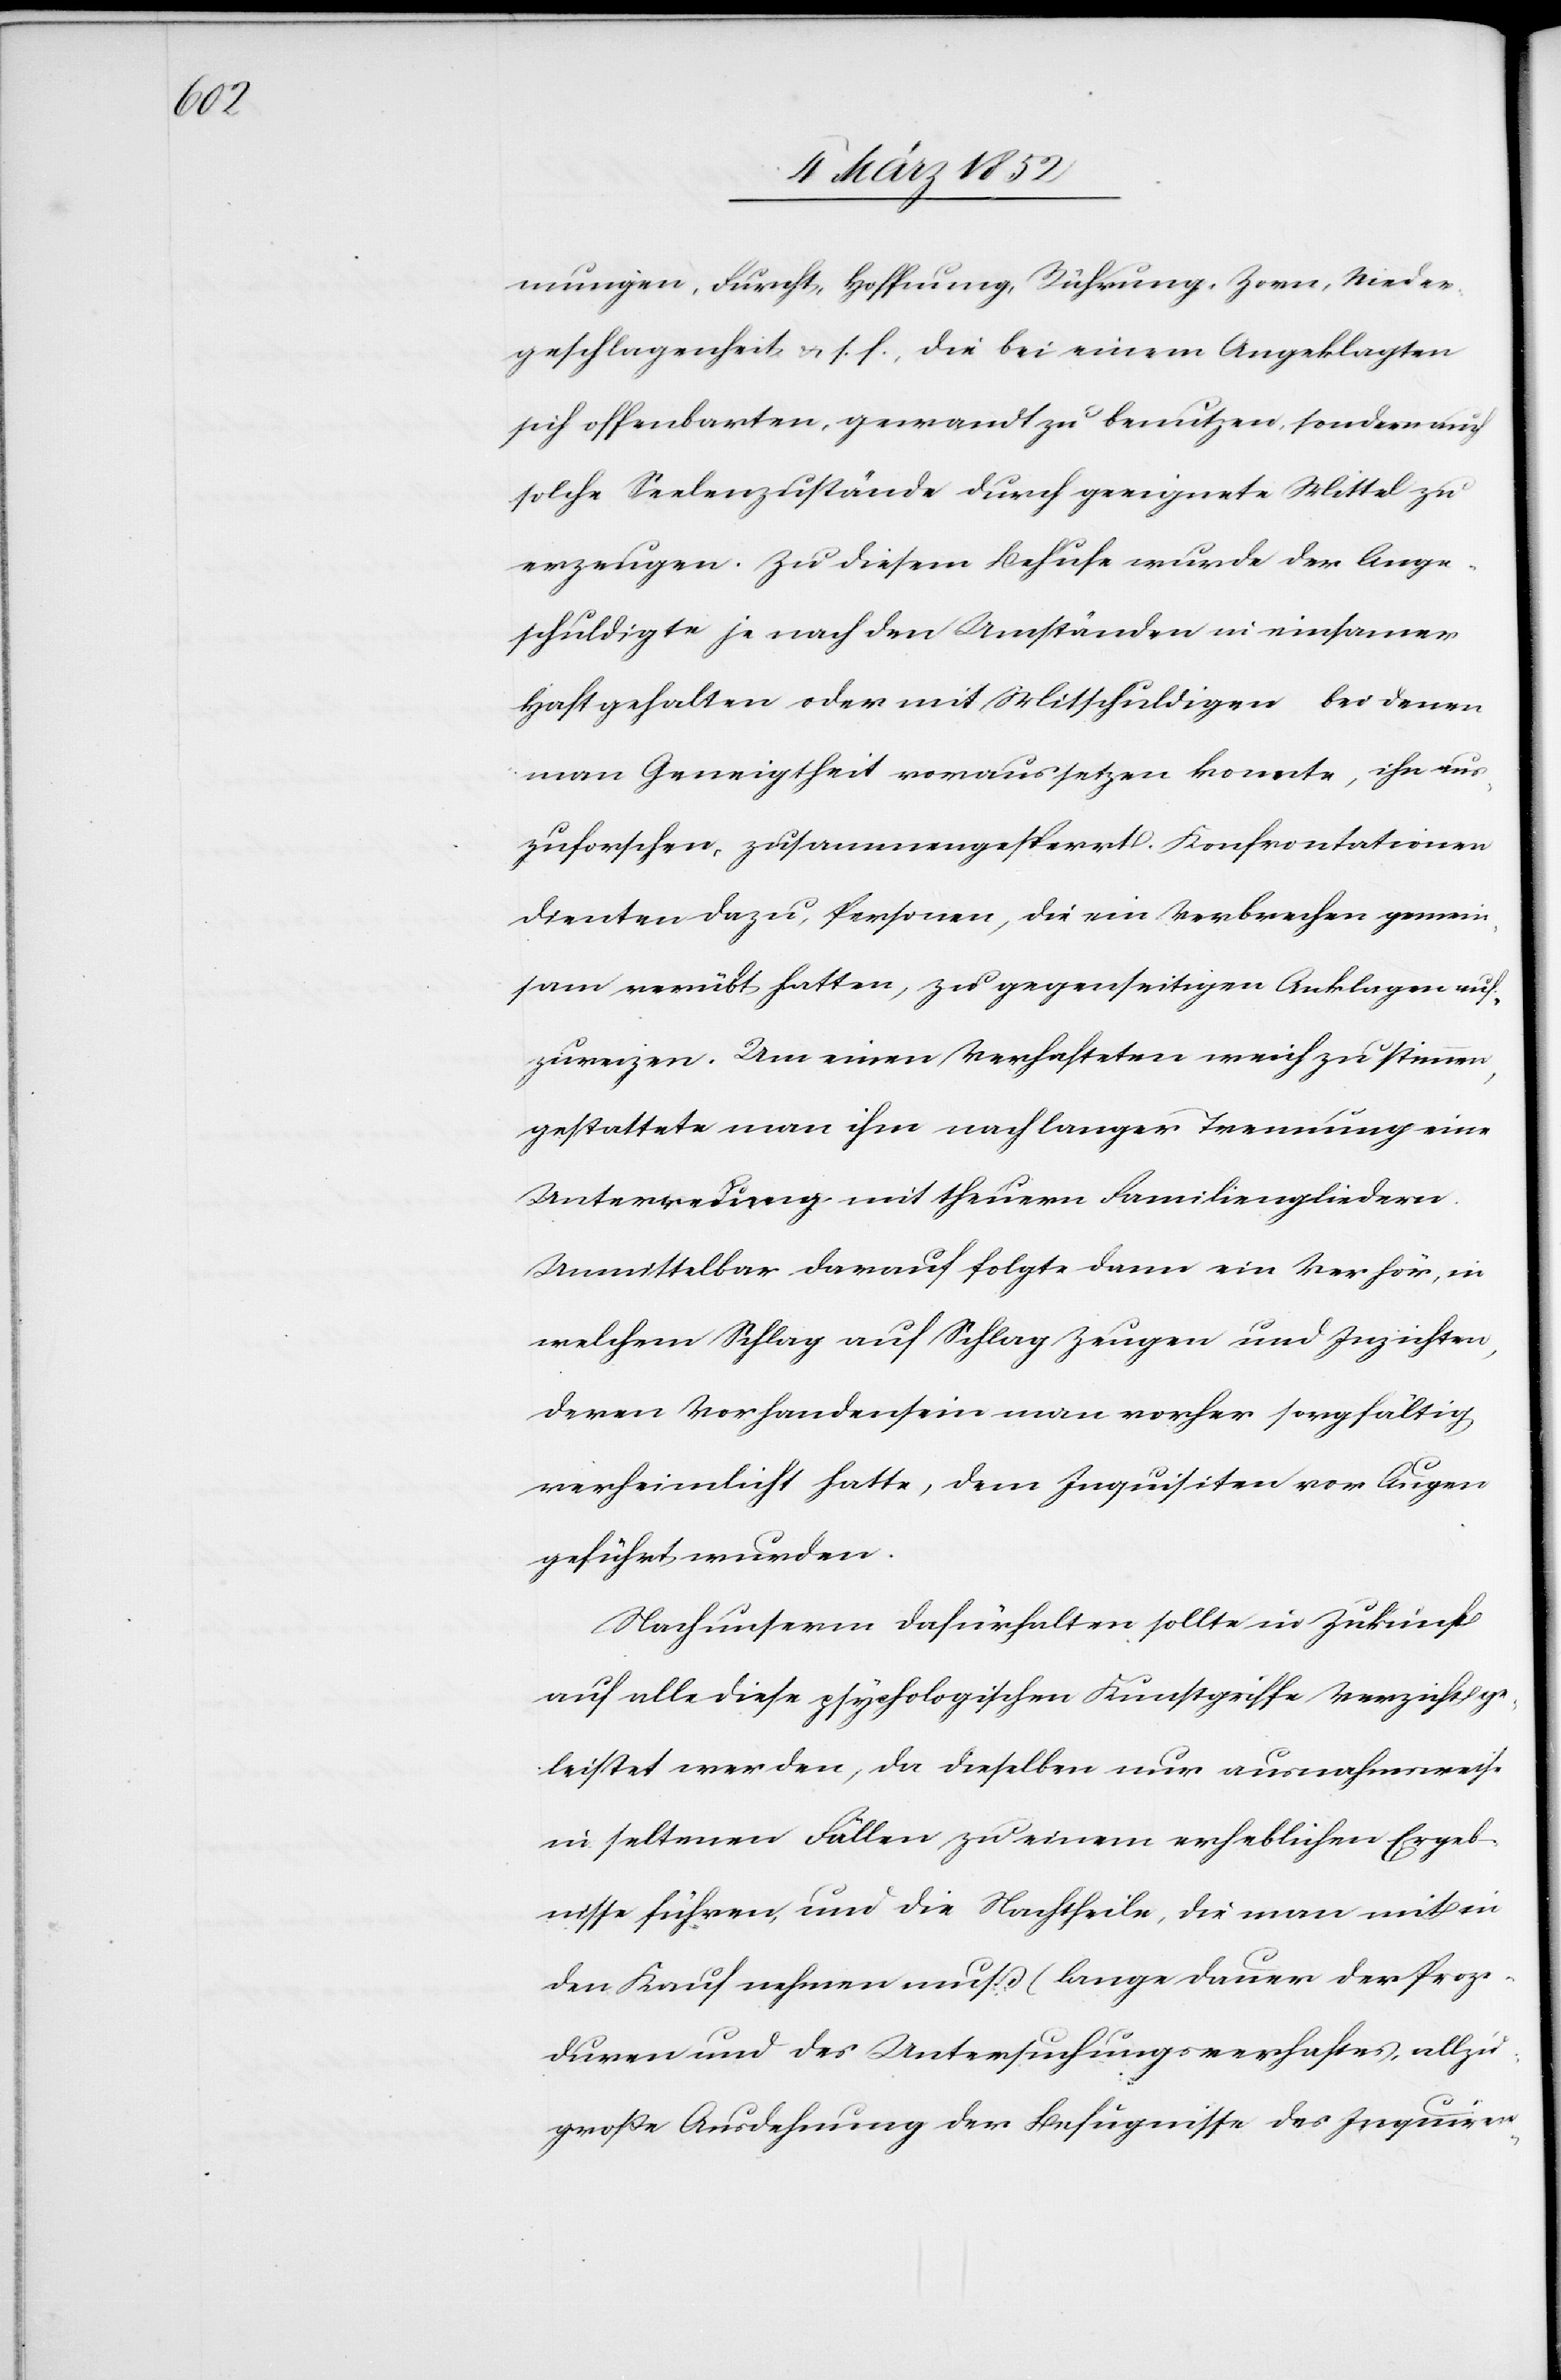
mungen, Furcht, Hoffnung, Rührung, Zorn, Nieder¬
geschlagenheit u. s. f., die bei einem Angeklagten
sich offenbarten, gewandt zu benutzen, sondern auch
solche Seelenzustände durch geeignete Mittel zu
erzeugen. Zu diesem Behufe wurde der Ange¬
schuldigte je nach den Umständen in einsamer
Haft gehalten oder mit Mitschuldigen bei denen
man Geneigtheit voraussetzen konnte, ihn aus¬
zuhorchen, zusammengesperrt. Konfrontationen
dienten dazu, Personen, die ein Verbrechen gemein¬
sam verübt hatten, zu gegenseitigen Anklagen auf¬
zureizen. Um einen Verhafteten weich zu stimmen,
gestattete man ihm nach langer Trennung eine
Unterredung mit theuern Familiengliedern.
Unmittelbar darauf folgte dann ein Verhör, in
welchem Schlag auf Schlag Zeuge und Inzichten,
deren Vorhandensein man vorher sorgfältig
verheimlicht hatte, dem Inquisiten vor Augen
geführt wurden.
Nach unserm dafürhalten sollte in Zukunft
auf alle diese psychologischen Kunstgriffe Verzicht ge¬
leistet werden, da dieselben nur ausnahmsweise
in seltenen Fällen zu einem erheblichen Ergeb¬
nisse führen, und die Nachtheile, die man mit in
den Kauf nehmen muß (lange Dauer der Proze¬
duren und des Untersuchungsverhaftes, allzu
große Ausdehnung der Befugnisse des Inquiren-